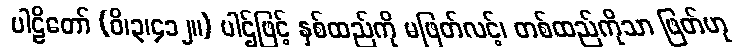
ပါဠိတော် (ဝိ၊၃၊၄၁၂။) ပါဌ်ဖြင့် နှစ်ထည်ကို မဖြတ်လင့်၊ တစ်ထည်ကိုသာ ဖြတ်ဟု